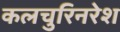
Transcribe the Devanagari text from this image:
कलचुरिनरेश